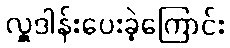
လှူဒါန်းပေးခဲ့ကြောင်း